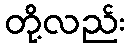
တို့လည်း